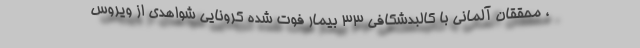
، محققان آلمانی با کالبدشکافی 33 بیمار فوت شده کرونایی شواهدی از ویروس